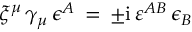
\xi ^ { \mu } \, \gamma _ { \mu } \, \epsilon ^ { A } \, = \, \pm \mathrm { i } \, \varepsilon ^ { A B } \, \epsilon _ { B }